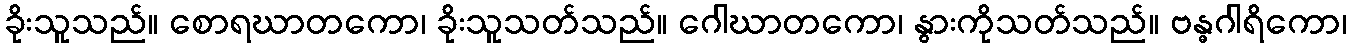
ခိုးသူသည်။ စောရဃာတကော၊ ခိုးသူသတ်သည်။ ဂေါဃာတကော၊ နွားကိုသတ်သည်။ ဗန္ဓဂါရိကော၊